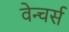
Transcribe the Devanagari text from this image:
वेन्चर्स